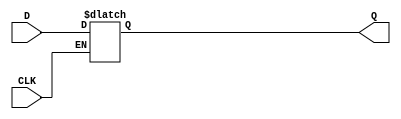
// task_4_D_trigger
module D_trigger (
	input CLK, 
	input D, 
	output reg Q
);
	always @ (CLK or D)
	if (~CLK)	
		Q <= D;
endmodule